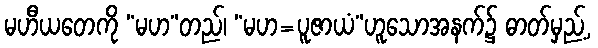
မဟီယတေကို “မဟ”တည်၊ “မဟ=ပူဇာယံ”ဟူသောအနက်၌ ဓာတ်မှည့်,